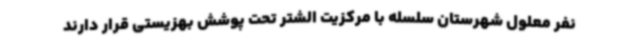
نفر معلول شهرستان سلسله با مرکزیت الشتر تحت پوشش بهزیستی قرار دارند